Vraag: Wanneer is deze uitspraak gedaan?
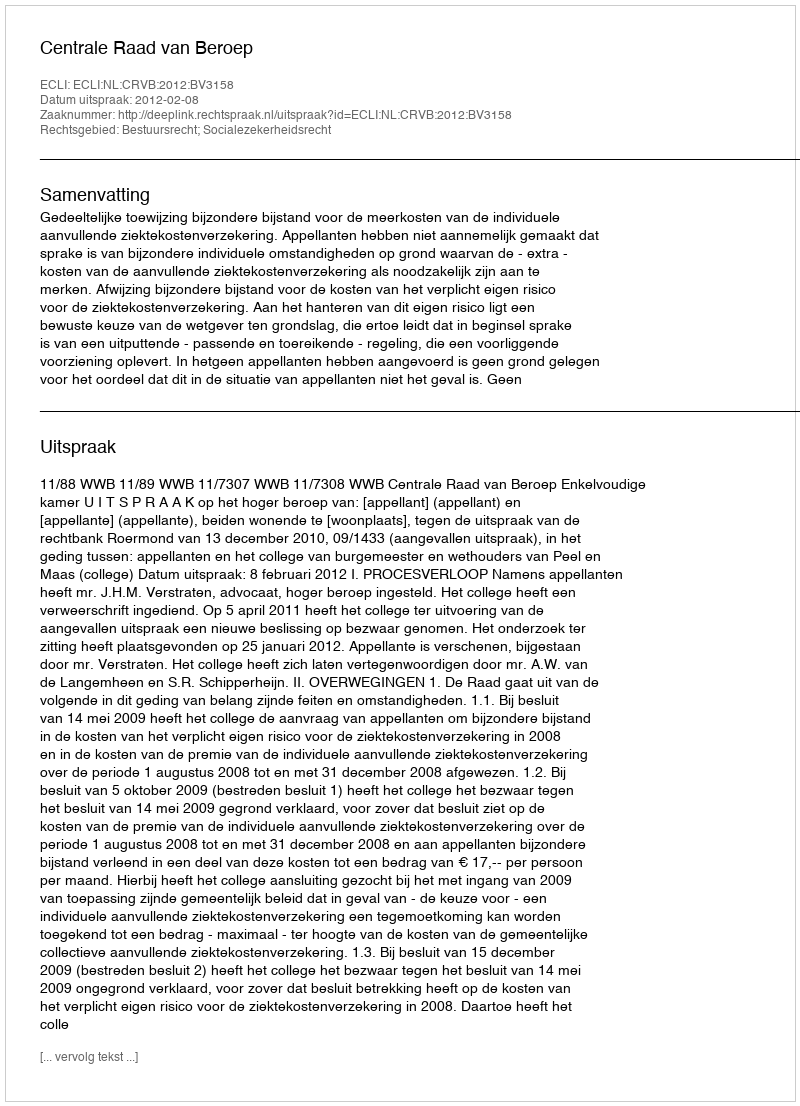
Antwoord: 2012-02-08